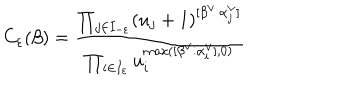
C _ { \varepsilon } ( \beta ) = \frac { \prod _ { j \in I _ { - \varepsilon } } ( u _ { j } + 1 ) ^ { [ \beta ^ { \vee } : \alpha _ { j } ^ { \vee } ] } } { \prod _ { i \in I _ { \varepsilon } } u _ { i } ^ { \max ( [ \beta ^ { \vee } : \alpha _ { i } ^ { \vee } ] , 0 ) } }